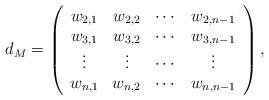
LaTeX: \begin{align*}d_M={\left(\begin{array}{cccc}w_{2,1}&w_{2,2}&\cdots&w_{2,n-1}\\w_{3,1}&w_{3,2}&\cdots&w_{3,n-1}\\\vdots&\vdots&\cdots&\vdots\\w_{n,1}&w_{n,2}&\cdots&w_{n,n-1}\end{array}\right),}\end{align*}